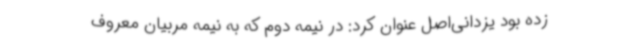
زده بود یزدانی‌اصل عنوان کرد: در نیمه دوم که به نیمه مربیان معروف